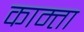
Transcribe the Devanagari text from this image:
काम्ता